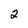
Character: 2